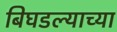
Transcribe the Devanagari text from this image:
बिघडल्याच्या